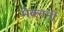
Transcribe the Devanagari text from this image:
मेक्नर्नी